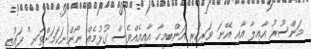
މަންސޫރު އާއިލާ އާއި އޭނަ ވަރިކުރި އަންބިމީހާ އާއިއެއްވެސް ގުޅުމެއް ނޯންނަކަމަށްވަނީ" ފައުޒީ